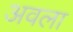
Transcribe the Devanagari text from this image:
अवला